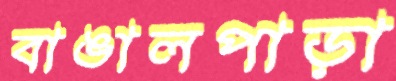
বাঙালপাড়া